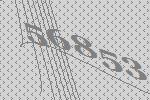
56853